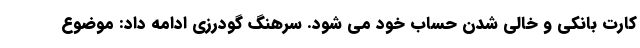
کارت بانکی و خالی شدن حساب خود می شود. سرهنگ گودرزی ادامه داد: موضوع